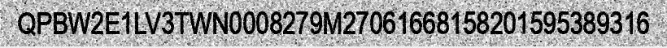
QPBW2E1LV3TWN0008279M27061668158201595389316